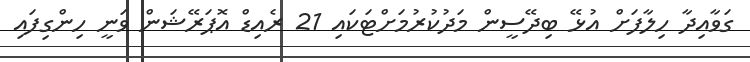
ގަވާއިދާ ހިލާފަށް އުޅޭ ބިދޭސީން މަދުކުރުމަށްޓަކައި 21 ރެއިޑް އޮޕަރޭޝަން ވަނީ ހިންގިފައި